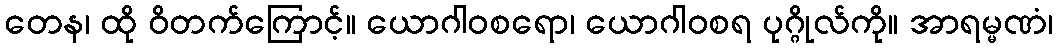
တေန၊ ထို ဝိတက်ကြောင့်။ ယောဂါဝစရော၊ ယောဂါဝစရ ပုဂ္ဂိုလ်ကို။ အာရမ္မဏံ၊